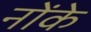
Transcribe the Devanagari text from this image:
नोंके